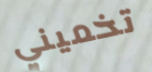
تخميني